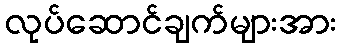
လုပ်ဆောင်ချက်များအား